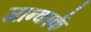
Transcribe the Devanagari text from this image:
जान्कार्क